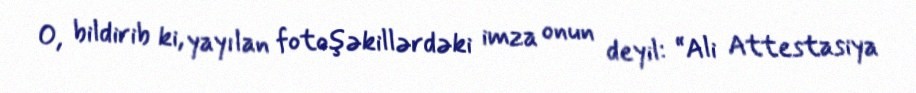
O, bildirib ki, yayılan fotoşəkillərdəki imza onun deyil: “Ali Attestasiya